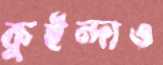
কুইন্দাও